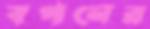
বপনের